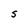
Character: S